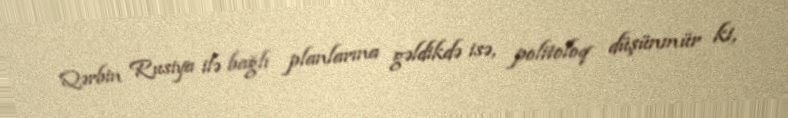
Qərbin Rusiya ilə bağlı planlarına gəldikdə isə, politoloq düşünmür ki,